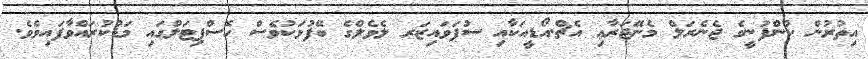
އިތުރުން ކުންފުނީގެ ޖެނެރަލް މެނޭޖަރާޢި އެޗް.އޯޑީއަކާއި ސުޕަވައިޒަރ ލެވެލްގެ ބޭފުޅަކުވެސް ހޮސްޕިޓަލްގައި މަޑުކުރައްވާފައިވެވެ.